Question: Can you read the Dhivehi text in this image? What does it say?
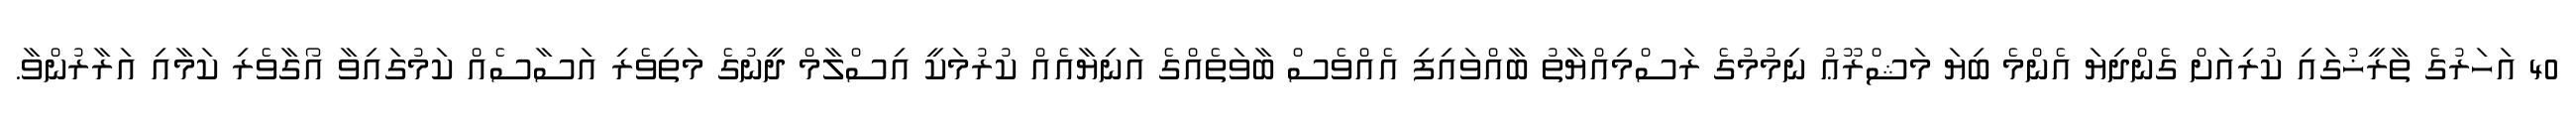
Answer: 40 އަހަރުގެ ތާރީޚުގައި ކުރިއަށް ގެންދިޔަ އެންމެ ބިޔަ މަޝްރޫޢު ނިމުމުގެ ރަސްމިއްޔާތު ބާއްވައިފި އެއްވެސް ބާވަތެއްގެ އަނިޔާއެއް ކުރުމަކީ އިސްލާމް ދީނުގެ މަތިވެރި އަސާސެއް ކަމުގައިވާ އޯގާވެރި ކަމާއި އަރާރުންވާ.